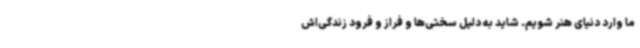
ما وارد دنیای هنر شویم. شاید به دلیل سختی‌ها و فراز و فرود زندگی‌اش